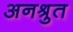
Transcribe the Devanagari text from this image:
अनश्रुत